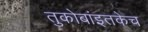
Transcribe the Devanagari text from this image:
तुकोबांइतकेच